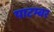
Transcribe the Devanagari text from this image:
पाटम्बर